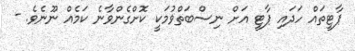
ޕާޓީތައް ހަދައި ޕާޓީ އަށް ނިސްބަތްވުމަކީ ކޮށްގެންވާނެ ކަމެއް ނޫނެވެ. -